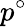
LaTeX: p^{\circ}